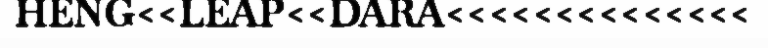
HENG<<LEAP<<DARA<<<<<<<<<<<<<<